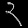
Digit: ၃